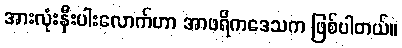
အားလုံးနီးပါးလောက်ဟာ အာဖရိကဒေသက ဖြစ်ပါတယ်။